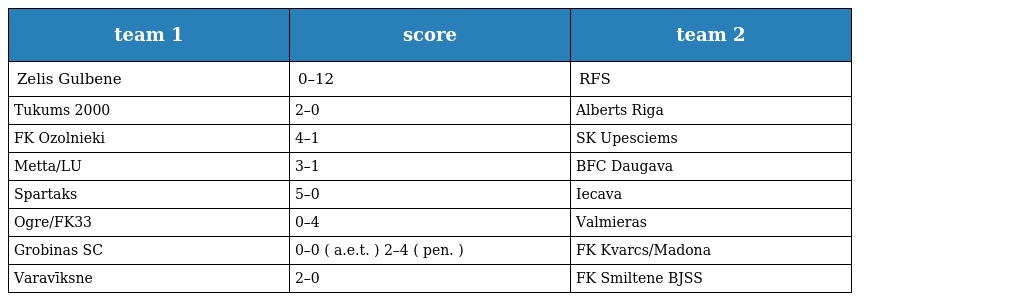
| team 1 | score | team 2 |
 | --- | --- | --- |
 | Zelis Gulbene | 0–12 | RFS |
 | Tukums 2000 | 2–0 | Alberts Riga |
 | FK Ozolnieki | 4–1 | SK Upesciems |
 | Metta/LU | 3–1 | BFC Daugava |
 | Spartaks | 5–0 | Iecava |
 | Ogre/FK33 | 0–4 | Valmieras |
 | Grobinas SC | 0–0 ( a.e.t. ) 2–4 ( pen. ) | FK Kvarcs/Madona |
 | Varavīksne | 2–0 | FK Smiltene BJSS |